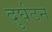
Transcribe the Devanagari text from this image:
दुर्घटन